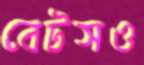
বেটসও